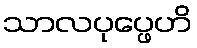
သာလပုပ္ဖေဟိ